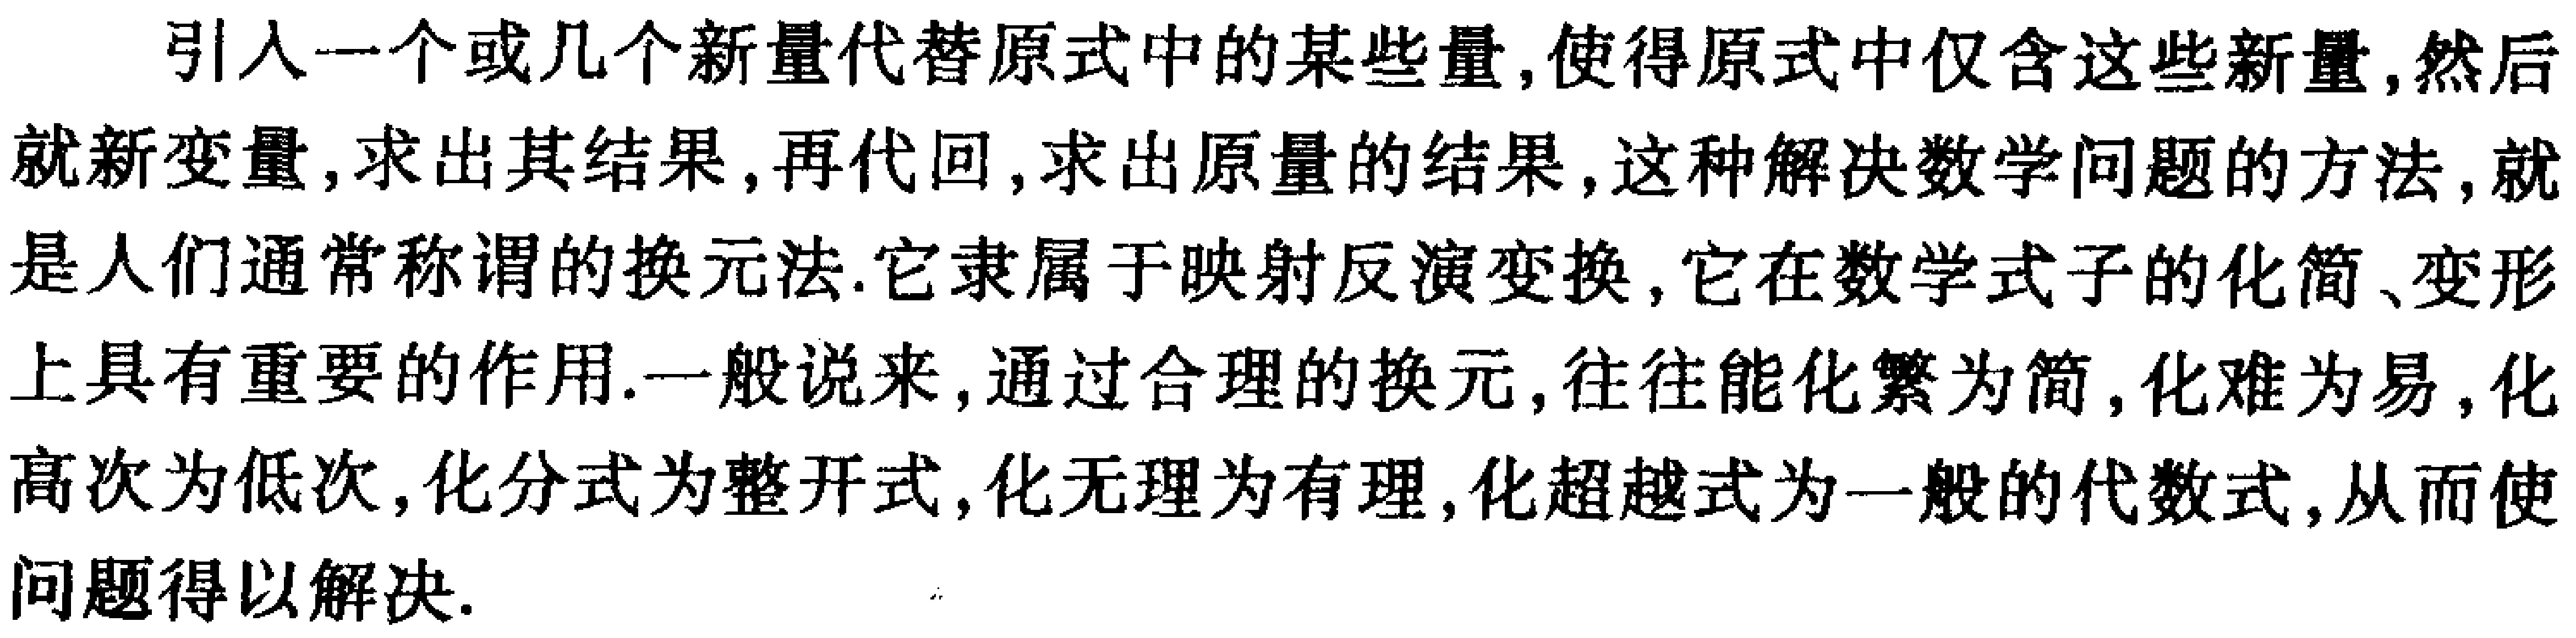
引入一个或几个新量代替原式中的某些量,使得原式中仅含这些新量,然后就新变量,求出其结果,再代回,求出原量的结果,这种解决数学问题的方法,就是人们通常称谓的换元法.它隶属于映射反演变换,它在数学式子的化简、变形上具有重要的作用.一般说来,通过合理的换元,往往能化繁为简,化难为易,化高次为低次,化分式为整开式,化无理为有理,化超越式为一般的代数式,从而使问题得以解决.